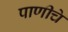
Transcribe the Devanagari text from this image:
पाणीचे